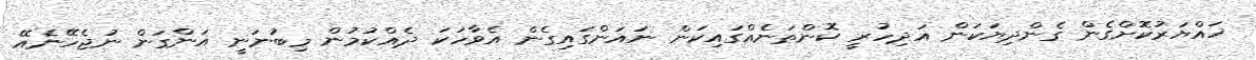
ހައްޔަރުކޮށްގެން ގެންދިޔަކަން އަދިހުރީ ކޮންތަނެއްގައިކަން ނައަންގައިގެން އެވާހަކަ ދެއްކުމުން މިބުނަނީ އަންގަން ނުޖެހޭނެއޭ